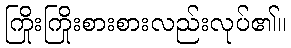
ကြိုးကြိုးစားစားလည်းလုပ်၏။